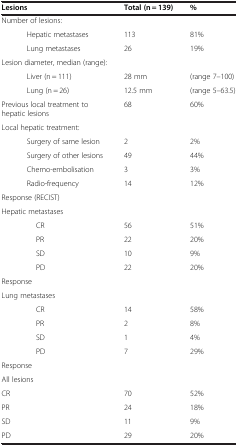
| Lesions | Total (n = 139) | % |
 | --- | --- | --- |
 | Number of lesions: |  |  |
 | Hepatic metastases | 113 | 81% |
 | Lung metastases | 26 | 19% |
 | Lesion diameter, median (range): |  |  |
 | Liver (n = 111) | 28 mm | (range 7–100) |
 | Lung (n = 26) | 12.5 mm | (range 5–63.5) |
 | Previous local treatment to hepatic lesions | 68 | 60% |
 | Local hepatic treatment: |  |  |
 | Surgery of same lesion | 2 | 2% |
 | Surgery of other lesions | 49 | 44% |
 | Chemo-embolisation | 3 | 3% |
 | Radio-frequency | 14 | 12% |
 | Response (RECIST) |  |  |
 | Hepatic metastases |  |  |
 | CR | 56 | 51% |
 | PR | 22 | 20% |
 | SD | 10 | 9% |
 | PD | 22 | 20% |
 | Response |  |  |
 | Lung metastases |  |  |
 | CR | 14 | 58% |
 | PR | 2 | 8% |
 | SD | 1 | 4% |
 | PD | 7 | 29% |
 | Response |  |  |
 | All lesions |  |  |
 | CR | 70 | 52% |
 | PR | 24 | 18% |
 | SD | 11 | 9% |
 | PD | 29 | 20% |